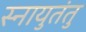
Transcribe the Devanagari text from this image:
स्नायुतंतु